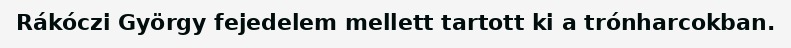
Rákóczi György fejedelem mellett tartott ki a trónharcokban.